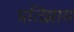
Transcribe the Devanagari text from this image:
प्रतिज्ञाय